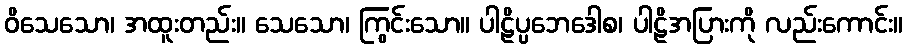
ဝိသေသော၊ အထူးတည်း။ သေသော၊ ကြွင်းသော။ ပါဠိပ္ပဘေဒေါစ၊ ပါဠိအပြားကို လည်းကောင်း။